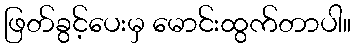
ဖြတ်ခွင့်ပေးမှ မောင်းထွက်တာပါ။